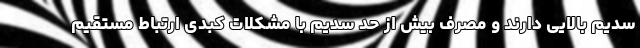
سدیم بالایی دارند و مصرف بیش از حد سدیم با مشکلات کبدی ارتباط مستقیم